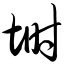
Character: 埘